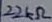
Text: 22kΩ